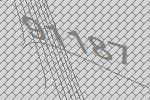
91187